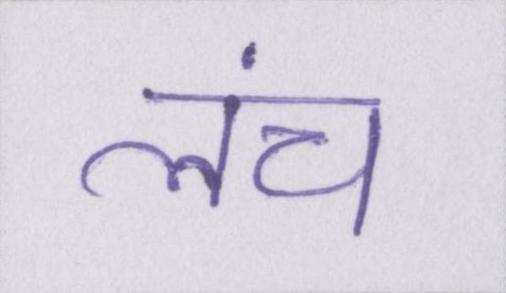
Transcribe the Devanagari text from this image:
लंच